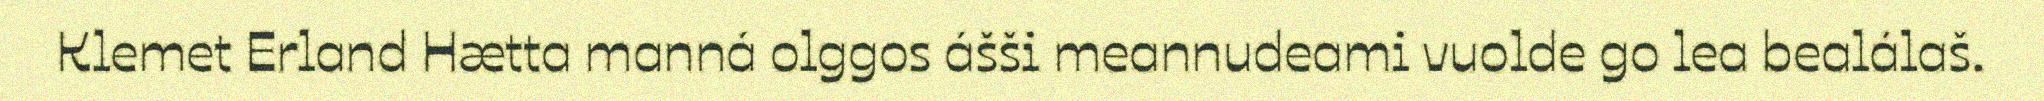
Klemet Erland Hætta manná olggos ášši meannudeami vuolde go lea bealálaš.